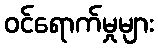
ဝင်ရောက်မှုများ